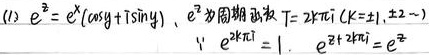
(1) \(e^{iy}=\cos y + i\sin y\)，\(e^{z}\)为周期函数，\(T = 2k\pi i\)（\(k = \pm1,\pm2,\cdots\)）。

\(\because e^{2k\pi i}=1\)，\(e^{z + 2k\pi i}=e^{z}\)